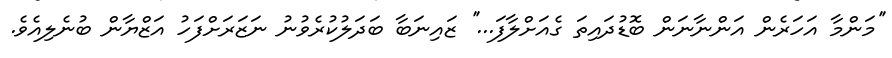
''މަންމާ އަހަރެން އަންނާނަން ބޮޑުދައިތަ ގެއަށްލާފަ...'' ޒައިނަބާ ބަދަލުކުރެވުނު ނަޒަރަށްފަހު އަޒްޔާން ބުނެލިއެވެ.